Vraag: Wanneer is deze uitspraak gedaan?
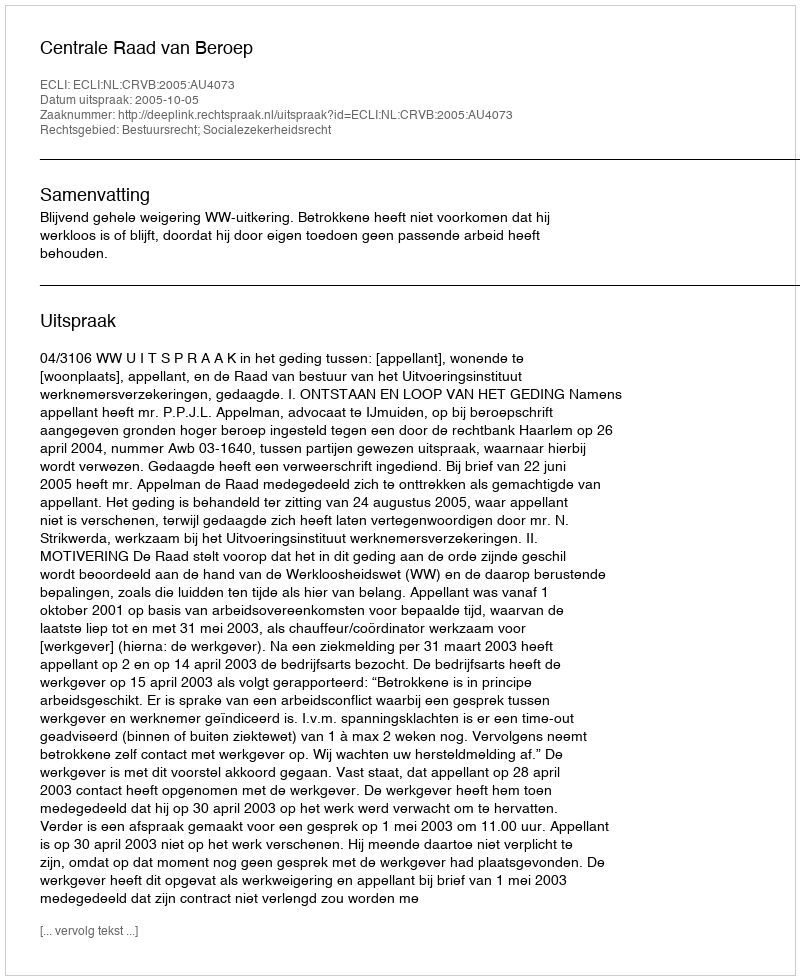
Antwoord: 2005-10-05